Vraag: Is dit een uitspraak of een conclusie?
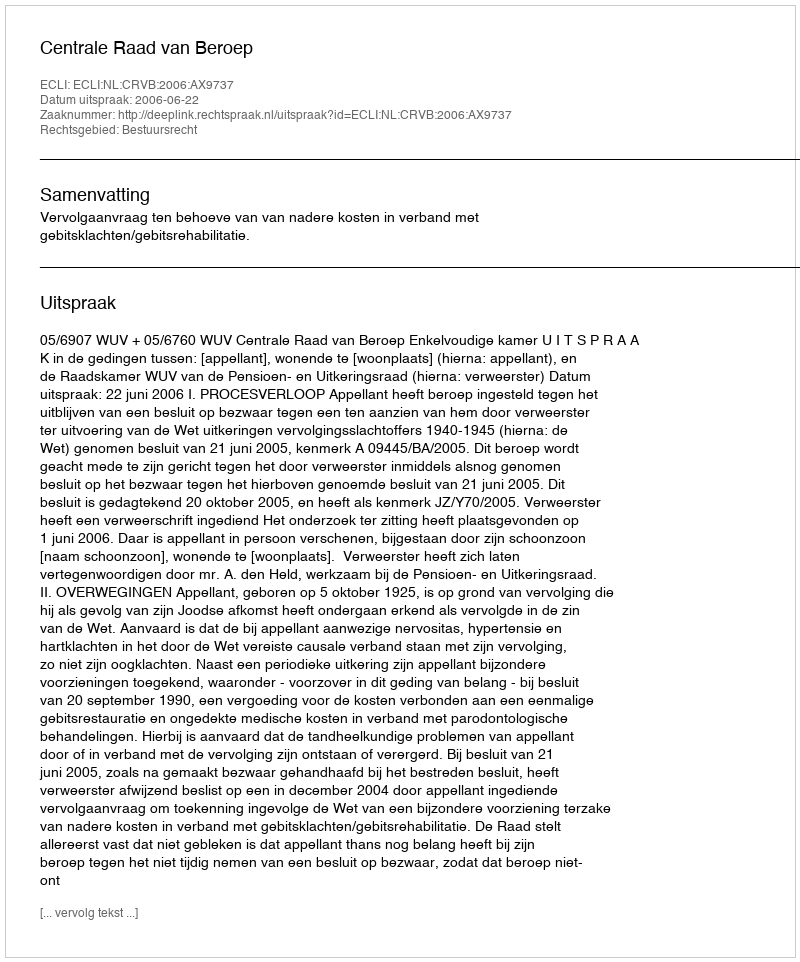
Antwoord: Uitspraak